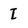
Character: I